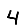
Digit: 4